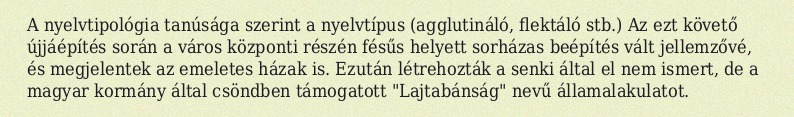
A nyelvtipológia tanúsága szerint a nyelvtípus (agglutináló, flektáló stb.) Az ezt követő újjáépítés során a város központi részén fésűs helyett sorházas beépítés vált jellemzővé, és megjelentek az emeletes házak is. Ezután létrehozták a senki által el nem ismert, de a magyar kormány által csöndben támogatott "Lajtabánság" nevű államalakulatot.